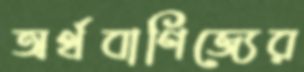
অর্থবাণিজ্যের